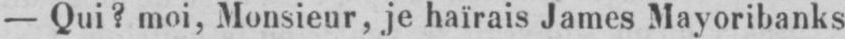
- Qui? moi, Monsieur, je haïrais James Mayoribanks